Papers set at the Examination for Leaving Certificates, 1891
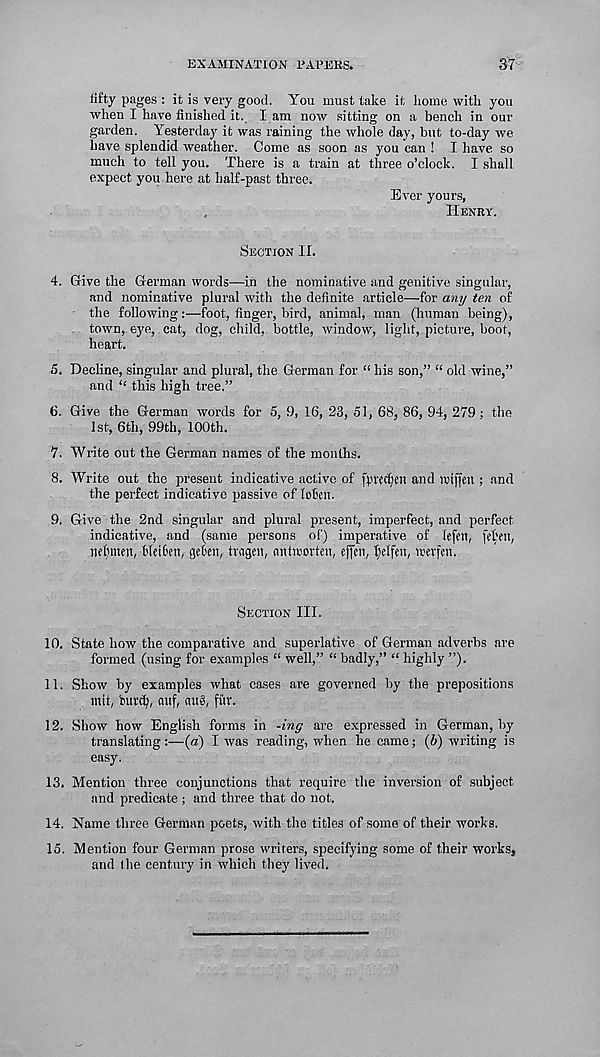
EXAMINATION PAPERS.
37
lifty pages : it is very good. You must take it home with you
when I have finished it. I am now sitting on a bench in our
garden. Yesterday it was raining the whole day, but to-day we
have splendid weather. Come as soon as you can ! I have so
much to tell you. There is a train at three o’clock. I shall
expect you here at half-past three.
Ever yours,
Henry.
Section II.
4. Give the German words—in the nominative and genitive singular,
and nominative plural with the definite article—for any ten of
the following:—foot, finger, bird, animal, man (human being),
town, eye,. cat, dog, child, bottle, window, light, picture, boot,
heart.
5. Decline, singular and plural, the German for “ his son,” “ old wine,”
and “ this high tree.”
6. Give the German words for 5, 9, 16, 23, 51, 68, 86, 94, 279 ; the
1st, 6th, 99th, 100th.
7. Write out the German names of the months.
8. Write out the present indicative active of fpredjeit and vriffen ; and
the perfect indicative passive of lohett.
9. Give the 2nd singular and plural present, imperfect, and perfect
indicative, and (same persons of) imperative of lefen, fel'en,
jtcl)tuen, Weifen, gehen, ivngeit, emtroorten, effen, fjelfen, rreffen.
Section III.
10. State how the comparative and superlative of German adverbs are
formed (using for examples “ well,” “ badly,” “ highly ”).
11. Show by examples what cases are governed by the prepositions
ntit, burefy, mtf, nug, fur.
12. Show how English forms in -ing are expressed in German, by
translating:—(a) I was reading, when he came; (V) writing is
easy.
13. Mention three conjunctions that require the inversion of subject
and predicate ; and three that do not.
14. Name three German poets, with the titles of some of their works.
15. Mention four German prose writers, specifying some of their works,
and the century in which they lived.